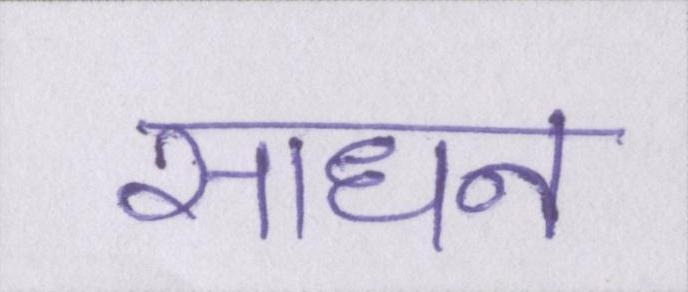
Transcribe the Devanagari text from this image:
साधन